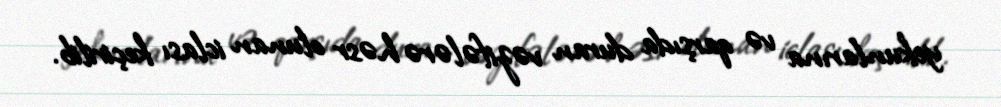
yekunlarına və qarşıda duran vəzifələrə həsr olunan iclası keçirilib.